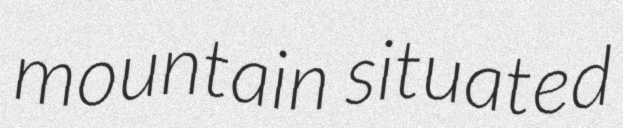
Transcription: mountain situated